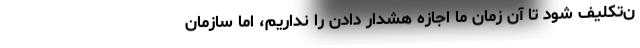
ن‌تکلیف شود تا آن زمان ما اجازه هشدار دادن را نداریم، اما سازمان